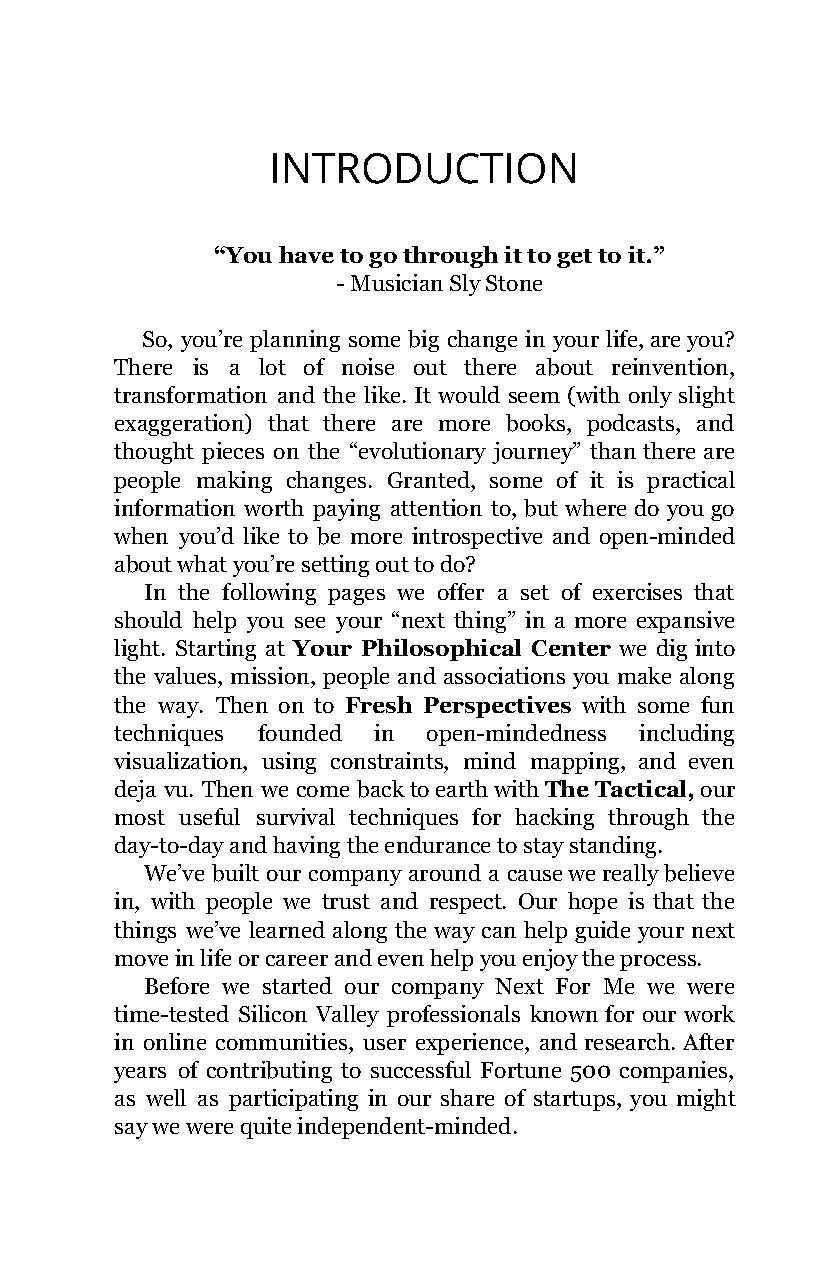
INTRODUCTION
 “You have to go through it to get to it.”
 - Musician Sly Stone
 So, you’re planning some big change in your life, are you?
 There is a lot of noise out there about reinvention,
 transformation and the like. It would seem (with only slight
 exaggeration) that there are more books, podcasts, and
 thought pieces on the “evolutionary journey” than there are
 people making changes. Granted, some of it is practical
 information worth paying attention to, but where do you go
 when you’d like to be more introspective and open-minded
 about what you’re setting out to do?
 In the following pages we offer a set of exercises that
 should help you see your “next thing” in a more expansive
 light. Starting at Your Philosophical Center we dig into
 ​
 the values, mission, people and associations you make along
 the way. Then on to Fresh Perspectives with some fun
 ​
 techniques founded in open-mindedness including
 visualization, using constraints, mind mapping, and even
 deja vu. Then we come back to earth with The Tactical, our
 ​                       ​
 most useful survival techniques for hacking through the
 day-to-day and having the endurance to stay standing.
 We’ve built our company around a cause we really believe
 in, with people we trust and respect. Our hope is that the
 things we’ve learned along the way can help guide your next
 move in life or career and even help you enjoy the process.
 Before we started our company Next For Me we were
 time-tested Silicon Valley professionals known for our work
 in online communities, user experience, and research. After
 years of contributing to successful Fortune 500 companies,
 as well as participating in our share of startups, you might
 say we were quite independent-minded.